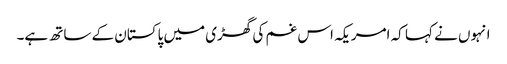
انہوں نے کہا کہ امریکہ اس غم کی گھڑی میں پاکستان کے ساتھ ہے۔